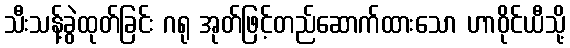
သီးသန့်ခွဲထုတ်ခြင်း ဂရု အုတ်ဖြင့်တည်ဆောက်ထားသော ဟာဝိုင်ယီသို့